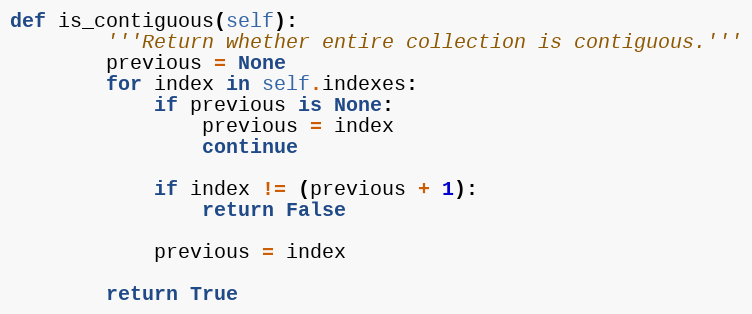
Language: Python
def is_contiguous(self):
        '''Return whether entire collection is contiguous.'''
        previous = None
        for index in self.indexes:
            if previous is None:
                previous = index
                continue

            if index != (previous + 1):
                return False

            previous = index

        return True